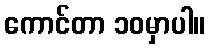
ကောင်တာ ၁၀မှာပါ။